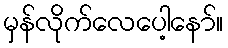
မှန်လိုက်လေပေါ့နော်။